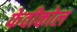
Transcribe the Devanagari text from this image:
फेवीकोल